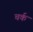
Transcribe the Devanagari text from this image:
चर्क